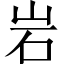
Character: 岩